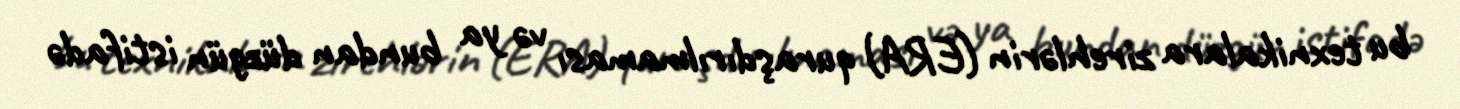
bu texnikalara zirehlərin (ERA) quraşdırılmaması və ya bundan düzgün istifadə